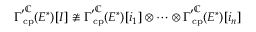
{ { \boldsymbol { \Gamma } ^ { \prime } } ^ { \mathbb { C } } } _ { \! \! \! \! \! \! \mathrm { c p } } ( E ^ { \ast } ) [ I ] \ncong { { \boldsymbol { \Gamma } ^ { \prime } } ^ { \mathbb { C } } } _ { \! \! \! \! \! \! \mathrm { c p } } ( E ^ { \ast } ) [ i _ { 1 } ] \otimes \dots \otimes { { \boldsymbol { \Gamma } ^ { \prime } } ^ { \mathbb { C } } } _ { \! \! \! \! \! \! \mathrm { c p } } ( E ^ { \ast } ) [ i _ { n } ]